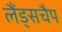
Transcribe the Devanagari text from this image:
लैंड्सचैप